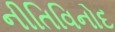
નીતિવિનોદ